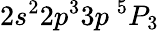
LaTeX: {2s^{2}2p^{3}3p~^{5}P_{3}}